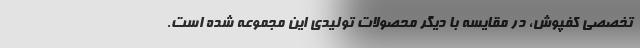
تخصصی کفپوش، در مقایسه با دیگر محصولات تولیدی این مجموعه شده است.